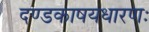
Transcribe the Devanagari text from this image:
दण्डकाषयधारणः